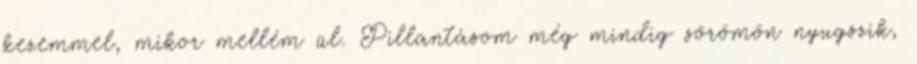
kezemmel, mikor mellém ül. Pillantásom még mindig sörömön nyugszik,